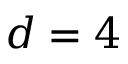
d = 4